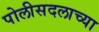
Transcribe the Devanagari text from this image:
पोलीसदलाच्या